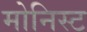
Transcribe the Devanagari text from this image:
मोनिस्ट